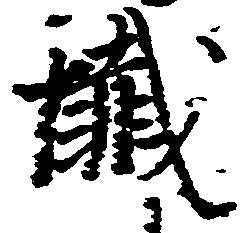
懺